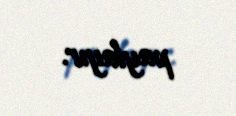
paylayır.